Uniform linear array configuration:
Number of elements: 8
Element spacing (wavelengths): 1
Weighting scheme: binomial
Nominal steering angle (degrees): -15
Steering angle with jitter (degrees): -14.06
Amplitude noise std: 0.05
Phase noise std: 0.05

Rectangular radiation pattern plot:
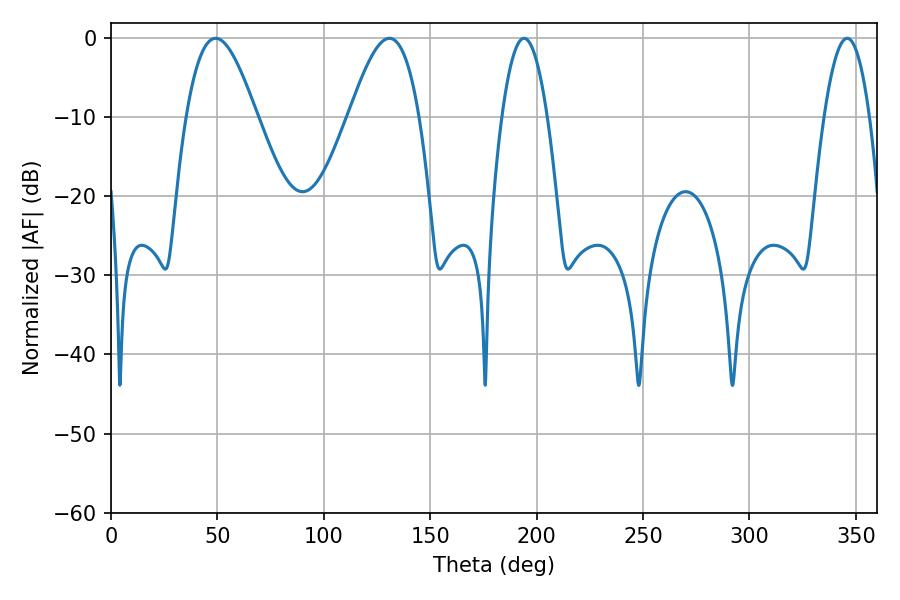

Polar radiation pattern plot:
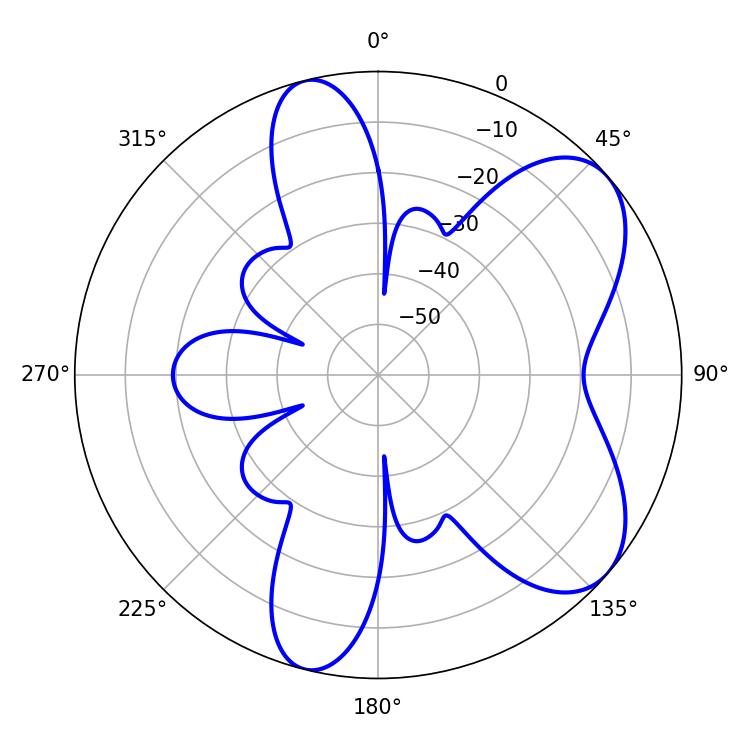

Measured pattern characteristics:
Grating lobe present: TRUE
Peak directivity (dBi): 6.794
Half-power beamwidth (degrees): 17.82
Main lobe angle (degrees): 49.14